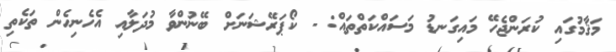
މަޤާމުގައި ކުރަންޖެހޭ މައިގަނޑު މަސައްކަތްތައް: - ކޯޕަރޭޝަނަށް ބޭނުންވާ މުދަލާއި އެހެނިހެން ތަކެތި